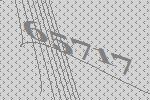
65717